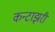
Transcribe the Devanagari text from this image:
कन्टाझरी